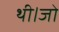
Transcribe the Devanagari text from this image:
थी।जो